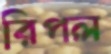
রিপল